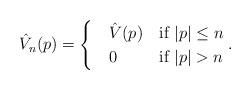
LaTeX: \begin{align*}\hat{V}_n(p)=\begin{cases}\displaystyle \ \ \ \hat{V}(p) & \mbox{if $|p| \le n$}\\\ \ \ 0 & \mbox{if $|p|>n$}\end{cases}.\end{align*}